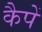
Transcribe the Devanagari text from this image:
कैपें